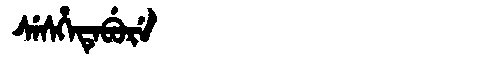
Manchu: ᠰᡝᠰᡥᡝᡨᡝᠪᡠᡵᡝ
Romanization: SESHETEBURE